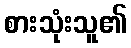
စားသုံးသူ၏